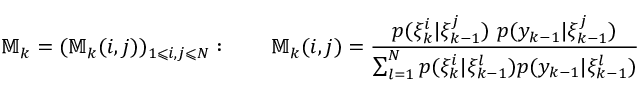
\mathbb { M } _ { k } = ( \mathbb { M } _ { k } ( i , j ) ) _ { 1 \leqslant i , j \leqslant N } : \qquad \mathbb { M } _ { k } ( i , j ) = { \frac { p ( \xi _ { k } ^ { i } | \xi _ { k - 1 } ^ { j } ) ~ p ( y _ { k - 1 } | \xi _ { k - 1 } ^ { j } ) } { \sum _ { l = 1 } ^ { N } p ( \xi _ { k } ^ { i } | \xi _ { k - 1 } ^ { l } ) p ( y _ { k - 1 } | \xi _ { k - 1 } ^ { l } ) } }